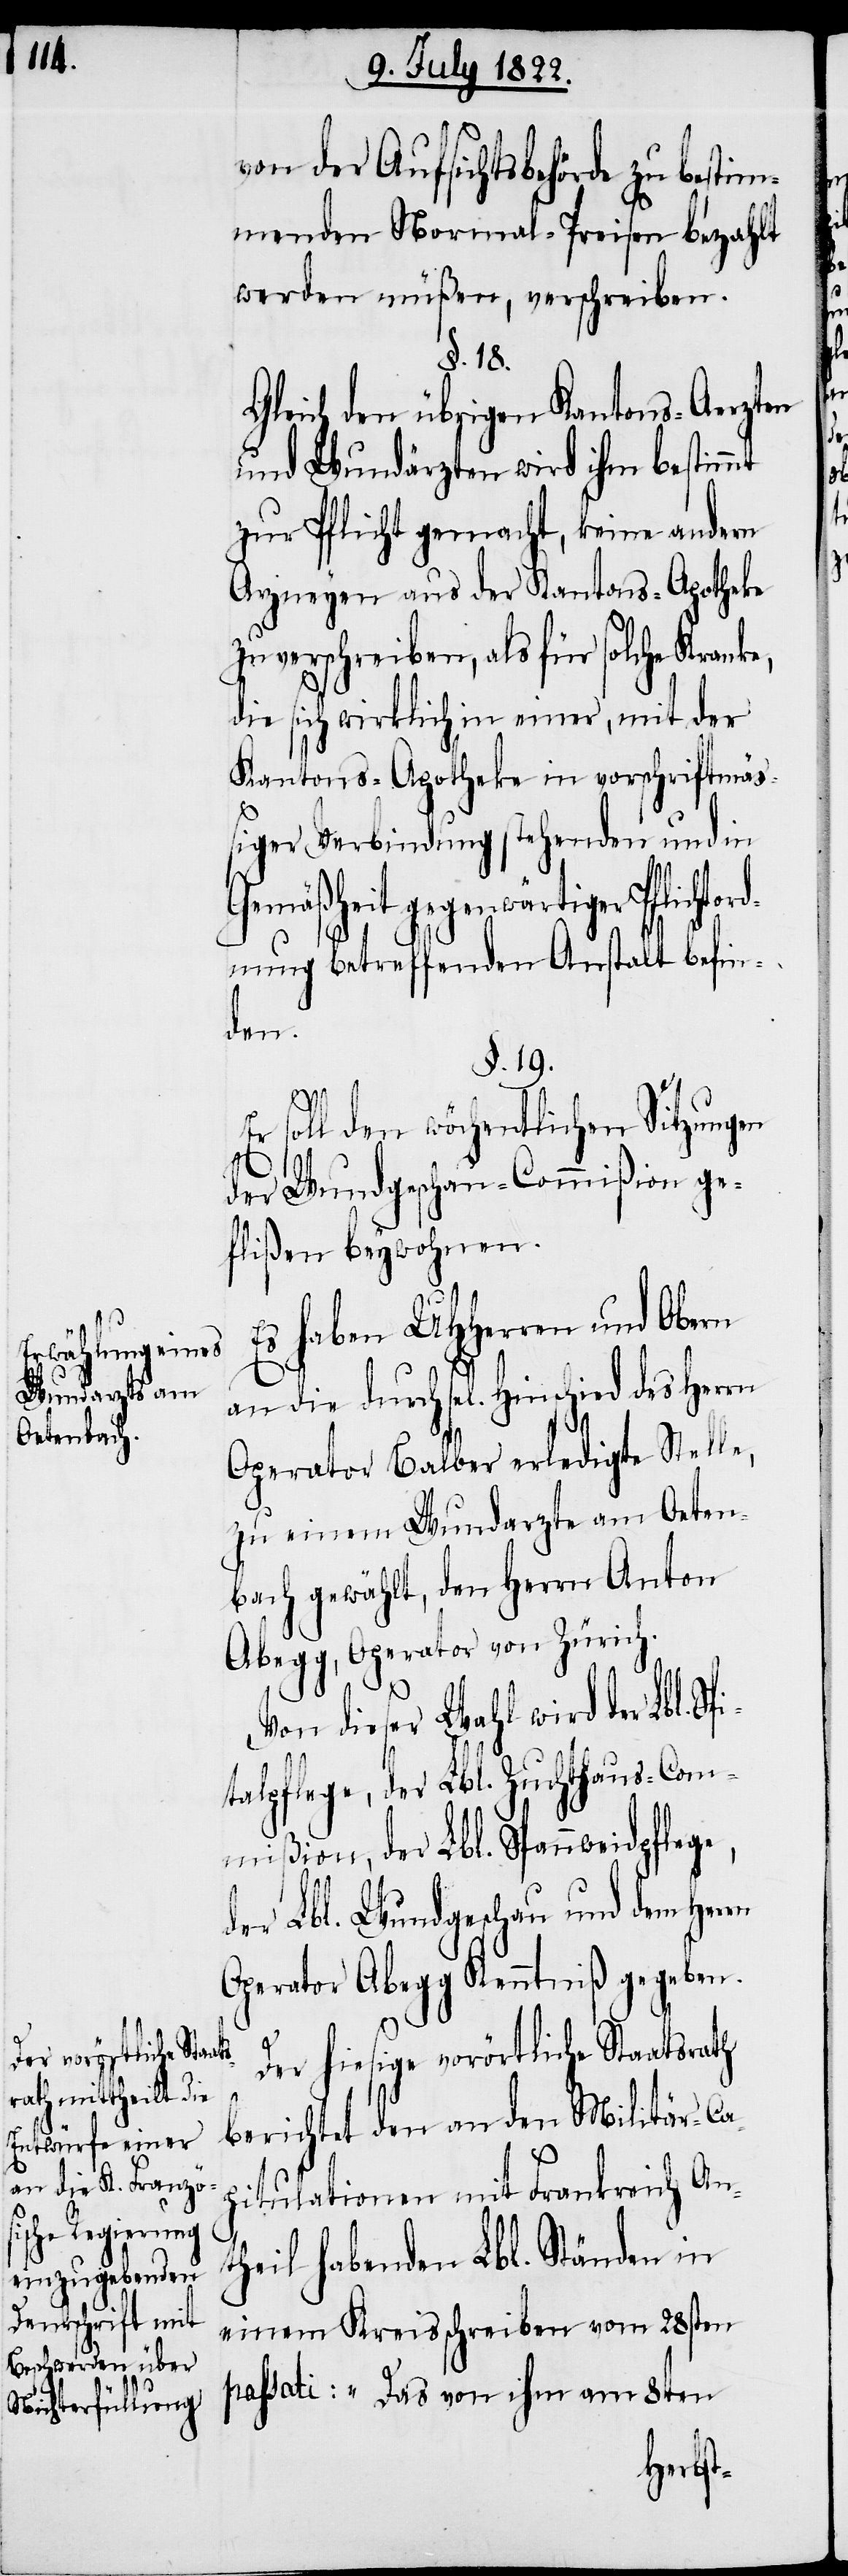
von der Aufsichtsbehörde zu bestim¬
menden Normal-Preisen bezahlt
werden müßen, verschreiben.
§. 18.
Gleich den übrigen Kantons-Aerzten
und Wundärzten wird ihm bestimmt
zur Pflicht gemacht, keine andern
Arzneyen aus der Kantons-Apotheke
zu verschreiben, als für solche Kranke,
die sich wirklich in einer, mit der
Kantons-Apotheke in vorschriftsmä¬
ßiger Verbindung stehenden und in
Gemäßheit gegenwärtiger Pflicht¬
dnung betreffenden Anstalt befin¬
den.
§. 19.
rn
Er soll den wöchentlichen Sitzungen
der Wundgeschau-Commißion ge¬
flißen beywohnen.
Es haben UHHerren und Obern
an die durch sel. Hinscheid des Herrn
Operator Balber erledigte Stelle,
zu einem Wundarzte am Oeten¬
bach gewählt, den Herrn Anton
Abegg, Operator von Zürich.
Von dieser Wahl wird der Lbl. S¬
talpflege, der Lbl. Zuchthaus-Com¬
mißion, der Lbl. Spannweidpfleg¬
der Lbl. Wundgeschau und dem Her¬
Operator Abegg Kenntniß gegeben.
Der hiesige vorörtliche Staatsrath
berichtet den an den Militär-Cap¬
itulationen mit Frankreich An¬
theil habenden Lbl. Ständen in
einem Kreisschreiben vom 28sten
passati: „Das von ihm am 8ten